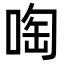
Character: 啕